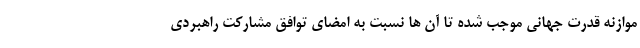
موازنه قدرت جهانی موجب شده تا آن ها نسبت به امضای توافق مشارکت راهبردی